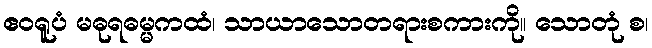
ဧဝရူပံ မဓုရဓမ္မကထံ၊ သာယာသောတရားစကားကို။ သောတုံ စ၊